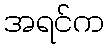
အရင်က